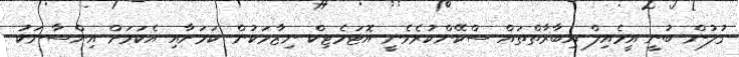
ގުލުން ބުނީ އީމެއިލް އިބާރާތްތައް ސްކޭންކުރެވެނީ އޮޓަމެޓިކް ނިޒާމަކުން ކަމަށާއި އެކަމަށް އިންސާނަކު